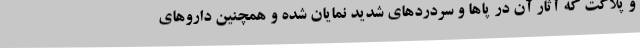
و پلاکت که آثار آن در پاها و سردردهای شدید نمایان شده و همچنین داروهای